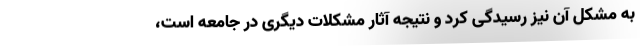
به مشکل آن نیز رسیدگی کرد و نتیجه آثار مشکلات دیگری در جامعه است،